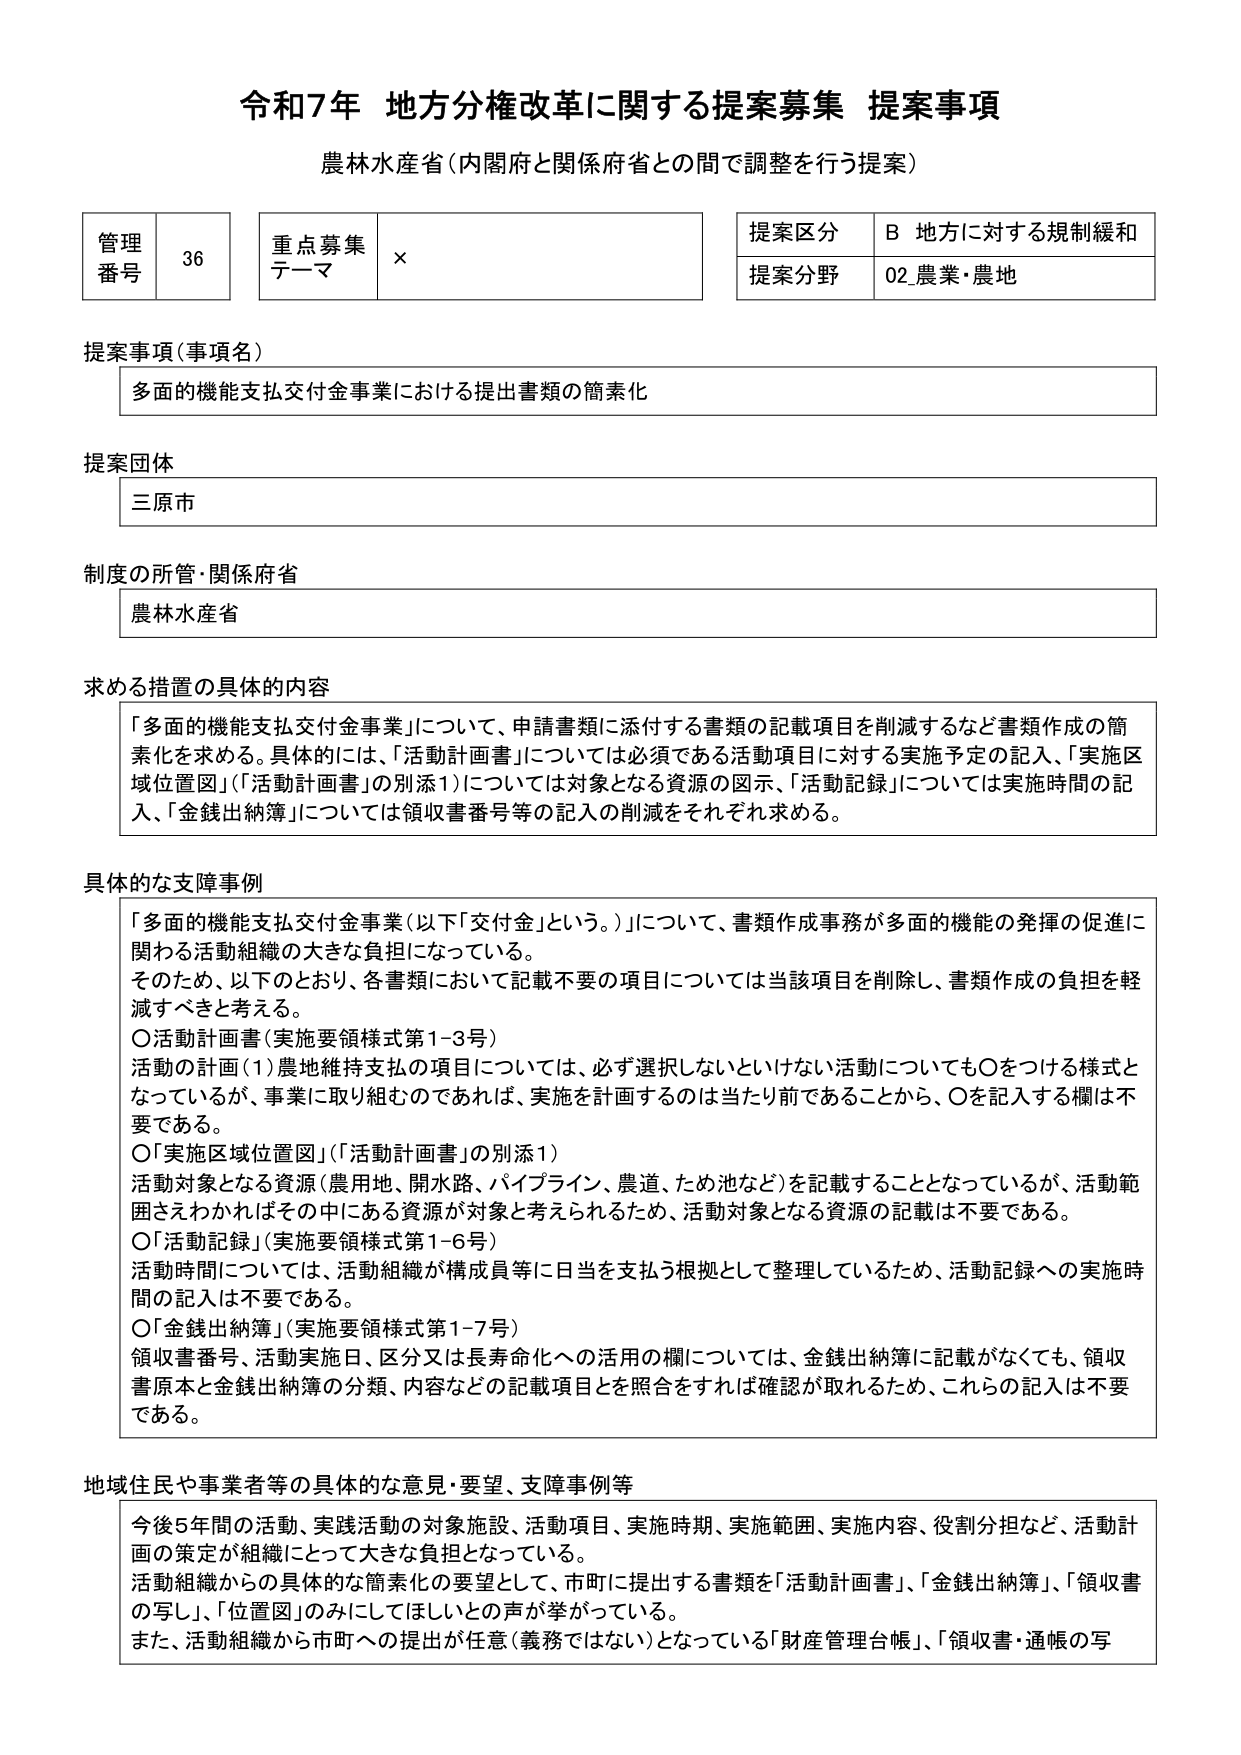
令和7年 地方分権改革に関する提案募集 提案事項
農林水産省（内閣府と関係府省との間で調整を行う提案）

管理番号 36
重点募集テーマ ×
提案区分 B 地方に対する規制緩和
提案分野 02 農業・農地

提案事項（事項名）
多面的機能支払交付金事業における提出書類の簡素化

提案団体
三原市

制度の所管・関係府省
農林水産省

求める措置の具体的内容
「多面的機能支払交付金事業」について、申請書類に添付する書類の記載項目を削減するなど書類作成の簡素化を求める。具体的には、「活動計画書」については必須である活動項目に対する実施予定の記入、「実施区域位置図」（「活動計画書」の別添1）については対象となる資源の図示、「活動記録」については実施時間の記入、「金銭出納簿」については領収書番号等の記入の削減をそれぞれ求める。

具体的な支障事例
「多面的機能支払交付金事業（以下「交付金」という。）」について、書類作成事務が多面的機能の発揮の促進に関わる活動組織の大きな負担になっている。
そのため、以下のとおり、各書類において記載不要の項目については当該項目を削除し、書類作成の負担を軽減すべきと考える。
〇活動計画書（実施要領様式第1-3号）
活動の計画（1）農地維持支払の項目については、必ず選択しないといけない活動についても〇をつける様式となっているが、事業に取り組むのであれば、実施を計画するのは当たり前であることから、〇を記入する欄は不要である。
〇「実施区域位置図」（「活動計画書」の別添1）
活動対象となる資源（農用地、開水路、パイプライン、農道、ため池など）を記載することとなっているが、活動範囲さえわかればその中にあらる資源が対象と考えられるため、活動対象となる資源の記載は不要である。
〇「活動記録」（実施要領様式第1-6号）
活動時間については、活動組織が構成員等に日当を支払う根拠として整理しているため、活動記録への実施時間の記入は不要である。
〇「金銭出納簿」（実施要領様式第1-7号）
領収書番号、活動実施日、区分又は長寿命化への活用の欄については、金銭出納簿に記載がなくても、領収書原本と金銭出納簿の分類、内容などの記載項目を照合をすれば確認が取れるため、これらの記入は不要である。

地域住民や事業者等の具体的な意見・要望、支障事例等
今後5年間の活動、実践活動の対象施設、活動項目、実施時期、実施範囲、実施内容、役割分担など、活動計画の策定が組織にとって大きな負担となっている。
活動組織からの具体的な簡素化の要望として、市町に提出する書類を「活動計画書」、「金銭出納簿」、「領収書の写し」、「位置図」のみにしてほしいとの声が挙がっている。
また、活動組織から市町への提出が任意（義務ではない）となっている「財産管理台帳」、「領収書・通帳の写